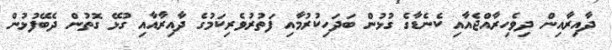
ދާއިރާއިން ދިވެހިރާއްޖެއާއި ކެނެޑާގެ ގުޅުން ބަދަހިކުރުމާއި ފަތުރުވެރިކަމުގެ ދާއިރާއާއި ގުޅޭ ގޮތުން ދެބޭފުޅުން